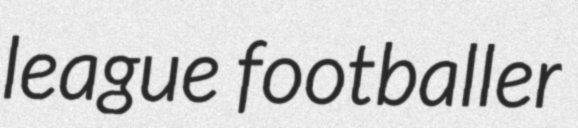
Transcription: league footballer